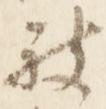
被